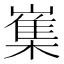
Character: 㠍